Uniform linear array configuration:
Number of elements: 8
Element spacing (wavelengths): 0.5
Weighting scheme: uniform
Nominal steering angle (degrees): -15
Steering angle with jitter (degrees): -16.7
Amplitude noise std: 0.05
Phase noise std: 0.05

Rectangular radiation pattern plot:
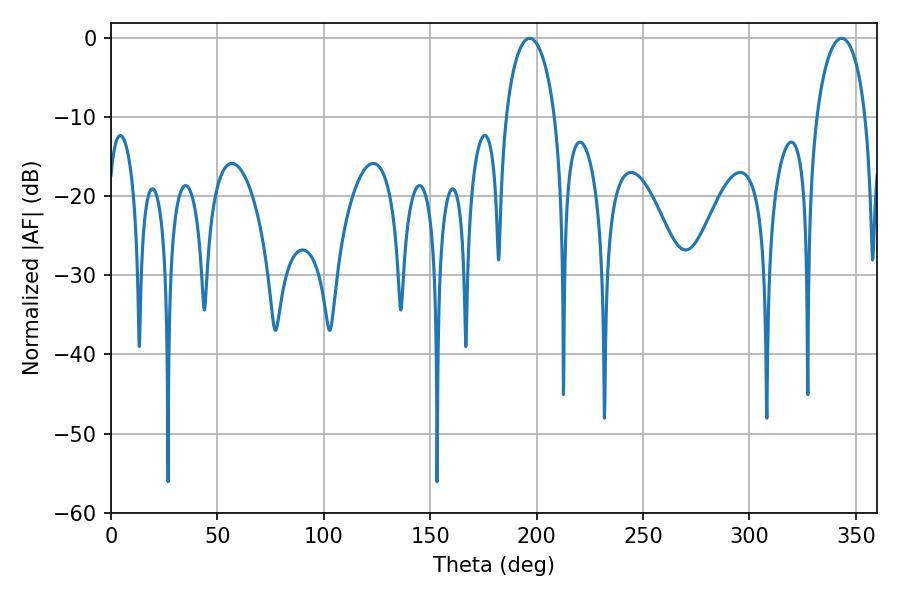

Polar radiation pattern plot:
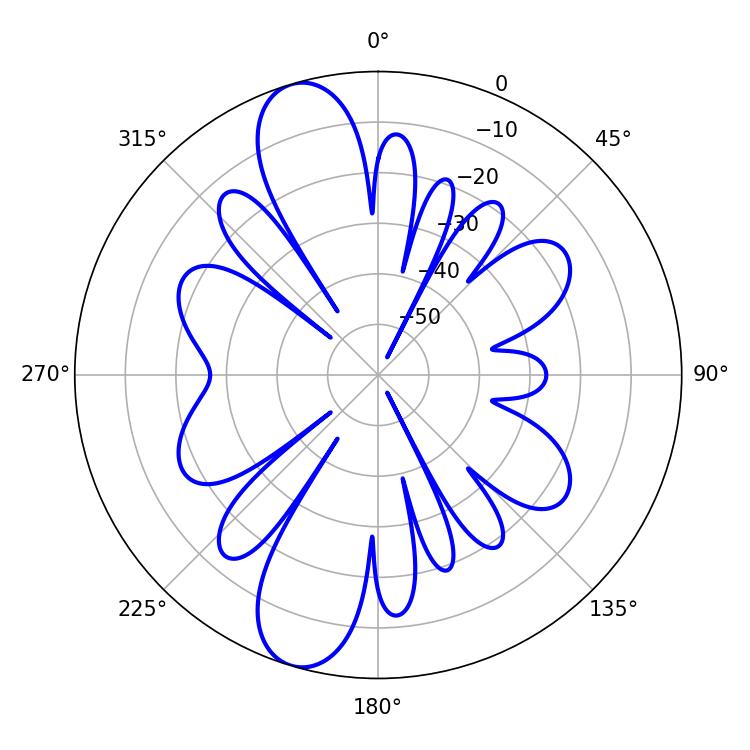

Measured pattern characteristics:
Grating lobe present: FALSE
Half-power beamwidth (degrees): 13.14
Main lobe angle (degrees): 196.74